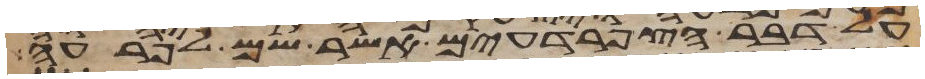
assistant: על דבר הצפרדעים אשר שם לפרעה